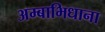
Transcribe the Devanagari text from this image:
अम्बाभिधाना